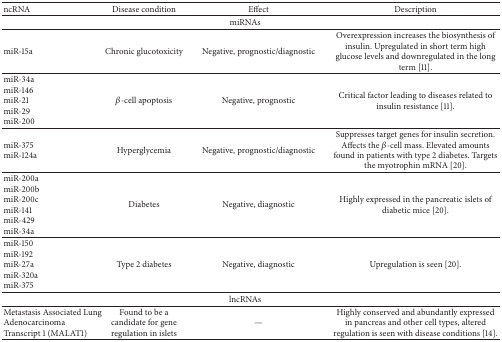
<table><thead><tr><td><b>ncRNA</b></td><td><b>Disease condition</b></td><td><b>Effect</b></td><td><b>Description</b></td></tr></thead><tbody><tr><td colspan="4">miRNAs</td></tr><tr><td>miR-15a</td><td>Chronic glucotoxicity</td><td>Negative, prognostic/diagnostic</td><td>Overexpression increases the biosynthesis of insulin. Upregulated in short term high glucose levels and downregulated in the long term [11].</td></tr><tr><td>miR-34amiR-146miR-21miR-29miR-200</td><td><i>β</i>-cell apoptosis</td><td>Negative, prognostic</td><td>Critical factor leading to diseases related to insulin resistance [11].</td></tr><tr><td>miR-375miR-124a</td><td>Hyperglycemia</td><td>Negative, prognostic/diagnostic</td><td>Suppresses target genes for insulin secretion. Affects the <i>β</i>-cell mass. Elevated amounts found in patients with type 2 diabetes. Targets the myotrophin mRNA [20].</td></tr><tr><td>miR-200amiR-200bmiR-200cmiR-141miR-429miR-34a</td><td>Diabetes</td><td>Negative, diagnostic</td><td>Highly expressed in the pancreatic islets of diabetic mice [20].</td></tr><tr><td>miR-150miR-192miR-27amiR-320amiR-375</td><td>Type 2 diabetes</td><td>Negative, diagnostic</td><td>Upregulation is seen [20].</td></tr><tr><td colspan="4">lncRNAs</td></tr><tr><td>Metastasis Associated Lung Adenocarcinoma Transcript 1 (MALAT1)</td><td>Found to be a candidate for gene regulation in islets</td><td>—</td><td>Highly conserved and abundantly expressed in pancreas and other cell types, altered regulation is seen with disease conditions [14].</td></tr></tbody></table>